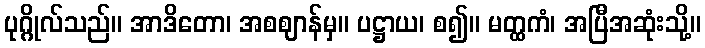
ပုဂ္ဂိုလ်သည်။ အာဒိတော၊ အစဈာန်မှ။ ပဋ္ဌာယ၊ စ၍။ မတ္ထကံ၊ အပြီအဆုံးသို့။